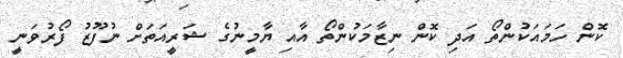
ކޮން ހަމައަކުންތޯ އަދި ކޮން ނިޒާމަކުންތޯ އާއި ޔާމީނުގެ ޝަރީއަތަށް ނުފޫޒު ފޯރުވަނީ